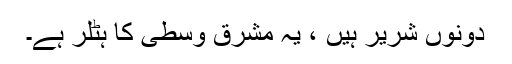
دونوں شریر ہیں ، یہ مشرق وسطى کا ہٹلر ہے۔